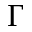
\Gamma